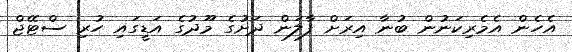
އެހެން އެމެރިކަނުން ބުނާ އިރަށް ފާލަން ދަށުގެ މޫދުގެ އަޑީގައި ހުރި ސްޓޭޖް